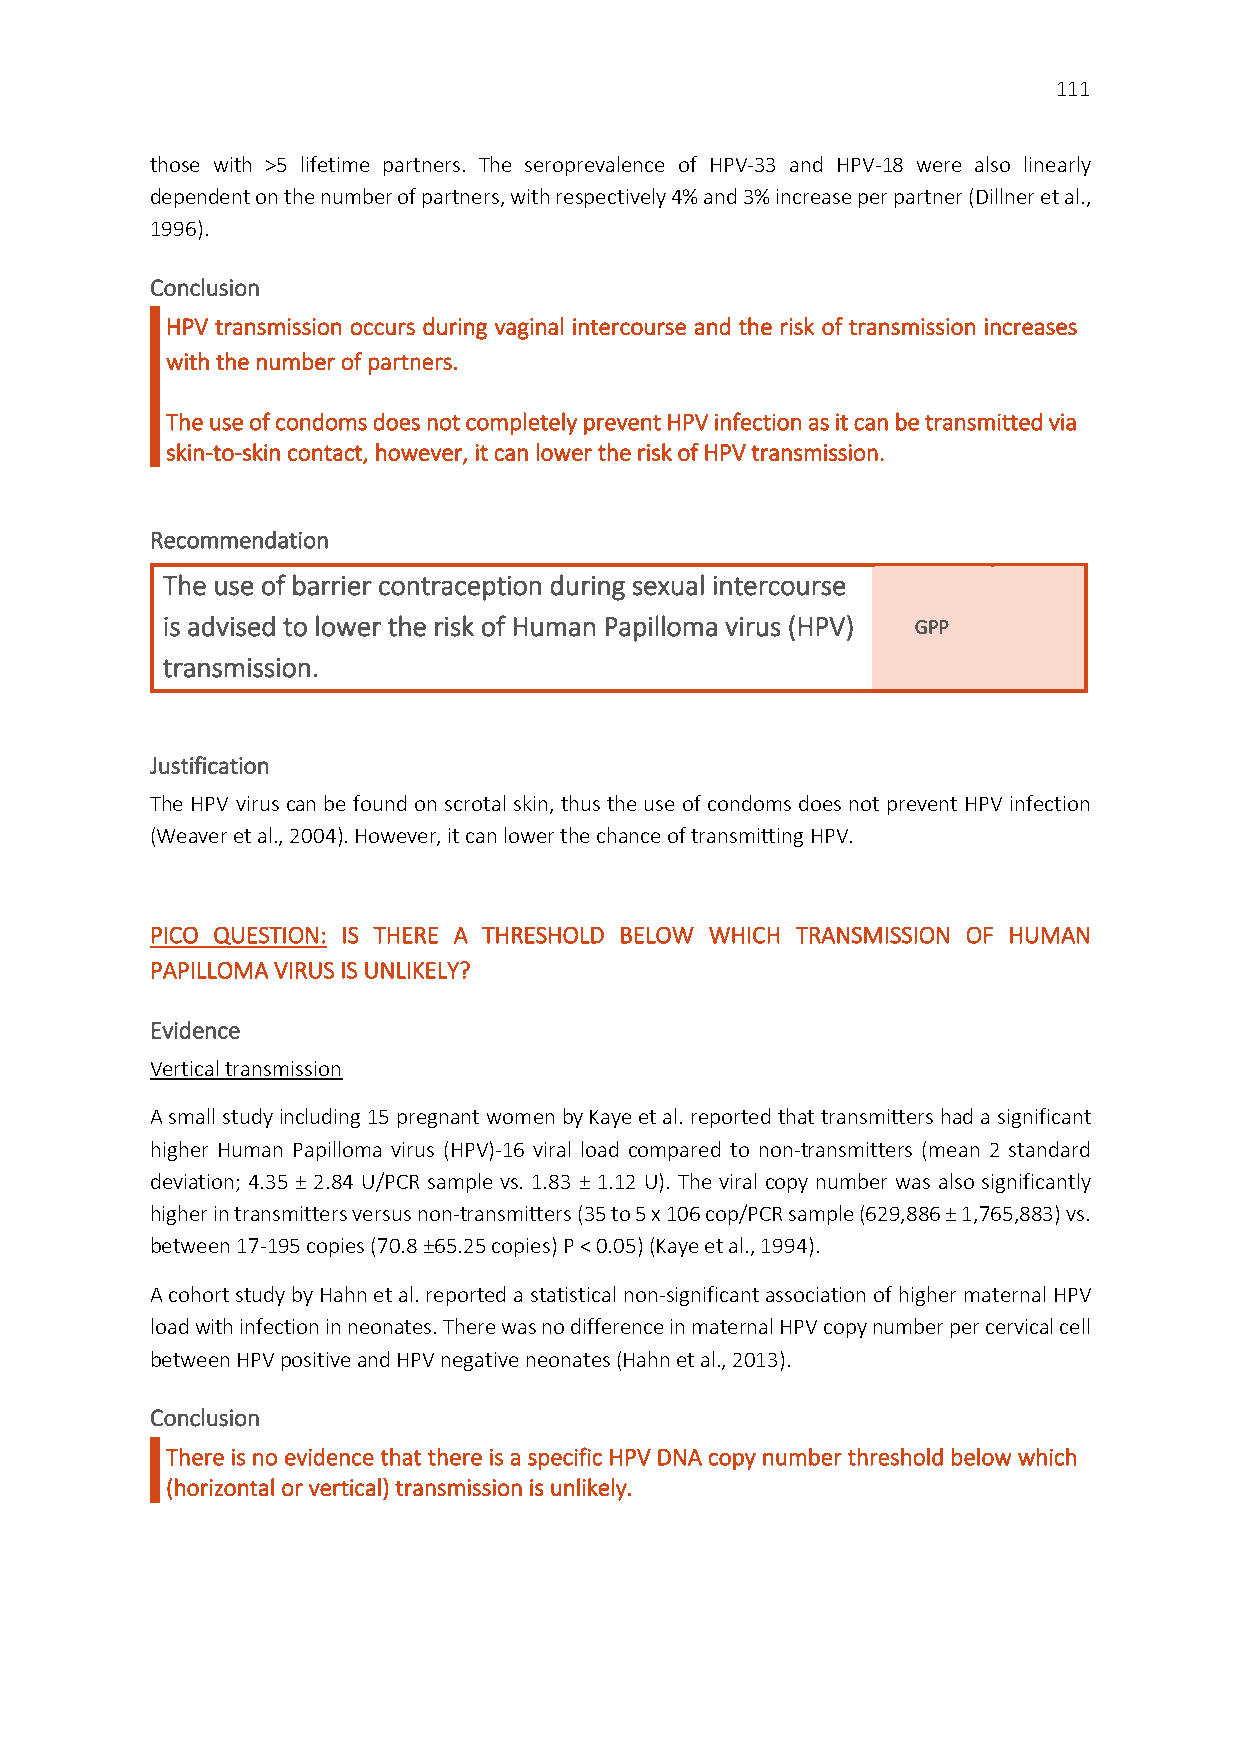
111
 those with >5 lifetime partners. The seroprevalence of HPV-33 and HPV-18 were also linearly
 dependent on the number of partners, with respectively 4% and 3% increase per partner (Dillner et al.,
 1996).
 Conclusion
 HPV transmission occurs during vaginal intercourse and the risk of transmission increases
 with the number of partners.
 The use of condoms does not completely prevent HPV infection as it can be transmitted via
 skin-to-skin contact, however, it can lower the risk of HPV transmission.
 Recommendation
 The use of barrier contraception during sexual intercourse
 is advised to lower the risk of Human Papilloma virus (HPV) GPP
 transmission.
 Justification
 The HPV virus can be found on scrotal skin, thus the use of condoms does not prevent HPV infection
 (Weaver et al., 2004). However, it can lower the chance of transmitting HPV.
 PICO QUESTION: IS THERE A THRESHOLD BELOW WHICH TRANSMISSION OF HUMAN
 PAPILLOMA VIRUS IS UNLIKELY?
 Evidence
 Vertical transmission
 A small study including 15 pregnant women by Kaye et al. reported that transmitters had a significant
 higher Human Papilloma virus (HPV)-16 viral load compared to non-transmitters (mean 2 standard
 deviation; 4.35 ± 2.84 U/PCR sample vs. 1.83 ± 1.12 U). The viral copy number was also significantly
 higher in transmitters versus non-transmitters (35 to 5 x 106 cop/PCR sample (629,886 ± 1,765,883) vs.
 between 17-195 copies (70.8 ±65.25 copies) P < 0.05) (Kaye et al., 1994).
 A cohort study by Hahn et al. reported a statistical non-significant association of higher maternal HPV
 load with infection in neonates. There was no difference in maternal HPV copy number per cervical cell
 between HPV positive and HPV negative neonates (Hahn et al., 2013).
 Conclusion
 There is no evidence that there is a specific HPV DNA copy number threshold below which
 (horizontal or vertical) transmission is unlikely.